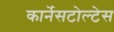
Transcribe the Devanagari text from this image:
कार्नेसटोल्टेस